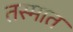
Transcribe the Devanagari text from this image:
तस्मात